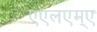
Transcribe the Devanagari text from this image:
एएलएम्ए